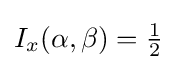
I_{x}(\alpha ,\beta )={\tfrac {1}{2}}